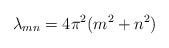
LaTeX: \begin{align*}\lambda_{mn} = 4\pi^2 (m^2 + n^2)\end{align*}